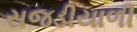
સજડીયાળી